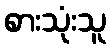
စားသုံးသူ